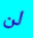
لن